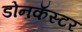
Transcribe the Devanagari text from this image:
डोनकॅस्टर